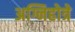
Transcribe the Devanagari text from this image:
अग्निहोत्रे